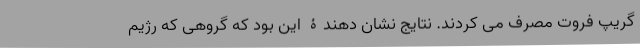
گریپ فروت مصرف می کردند. نتایج نشان دهندۀ این بود که گروهی که رژیم